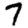
Digit: 7